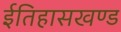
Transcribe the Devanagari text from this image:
ईतिहासखण्ड